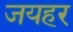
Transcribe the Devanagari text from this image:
जयहर